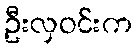
ဦးလှဝင်းက